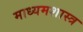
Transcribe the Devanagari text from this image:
माध्यमशास्त्र